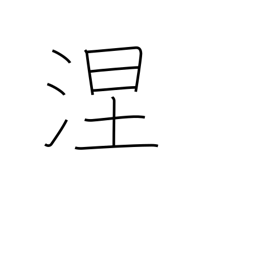
Meaning: black soil